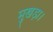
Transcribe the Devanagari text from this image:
मुखड़ा।